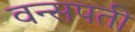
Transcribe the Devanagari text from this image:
वन्सपती